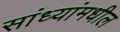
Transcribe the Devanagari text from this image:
सांध्यांमधील